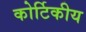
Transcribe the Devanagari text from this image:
कोर्टिकीय